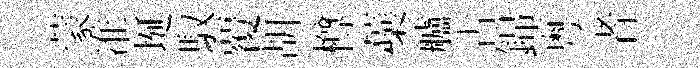
蒙准埏馭覆胡樽蘃艫古錦粤者